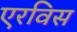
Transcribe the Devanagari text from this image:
एरविस